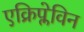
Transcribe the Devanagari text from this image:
एक्रिप्लेविन